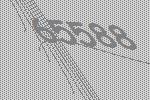
65588